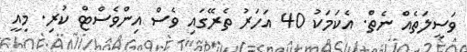
ވަސީލަތެއް ނެތް. އެކަމަކު 40 އަހަރު ތެރޭގައި ވެސް އިންވެސްޓް ކުރި. މިއީ